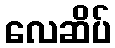
လေဆိပ်